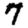
Digit: 7